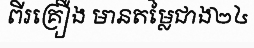
ពីរគ្រឿង មានតម្លៃជាង២៤